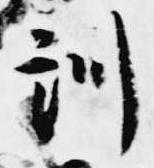
訓